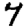
Digit: 7